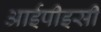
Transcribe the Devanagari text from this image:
आईपीइसी